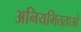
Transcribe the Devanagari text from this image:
अनियमितताओ